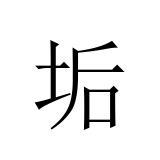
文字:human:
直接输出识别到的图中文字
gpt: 垢